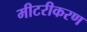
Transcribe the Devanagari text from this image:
मीटरीकरण